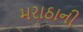
મરાઠાની